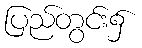
ပြည်တွင်း၌